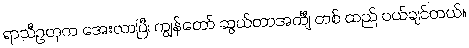
ရာသီဥတုက အေးလာပြီ၊ ကျွန်တော် ဆွယ်တာအင်္ကျီ တစ် ထည် ဝယ်ချင်တယ်။